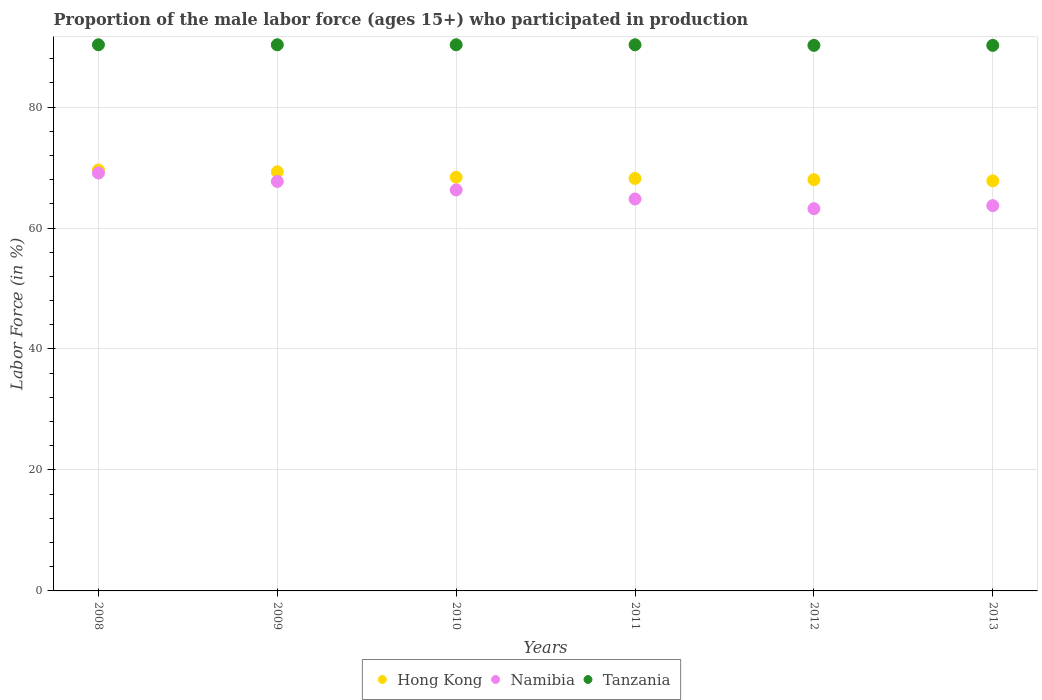
| Years | Hong Kong | Namibia | Tanzania |
 | --- | --- | --- | --- |
 | 2008 | 69.6 | 69.1 | 90.3 |
 | 2009 | 69.3 | 67.7 | 90.3 |
 | 2010 | 68.4 | 66.3 | 90.3 |
 | 2011 | 68.2 | 64.8 | 90.3 |
 | 2012 | 68 | 63.2 | 90.2 |
 | 2013 | 67.8 | 63.7 | 90.2 |